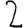
Digit: 2